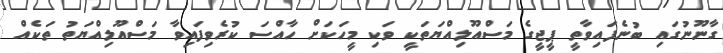
ގާނޫނުގައި ބުނެފައިވާތީ ޕީޖީގެ މަސްއޫލިއްޔަތަކީ ވަކި މީހަކަށް ހާއްސަ ކުރެވިފައިވާ މަސްއޫލިއްޔަތު ތަކެއް